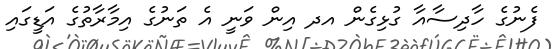
ފެނުގެ ހާދިސާއާ ގުޅިގެން އދ އިން ވަނީ އެ ތަނުގެ އިމާރާތުގެ އަޑީގައި